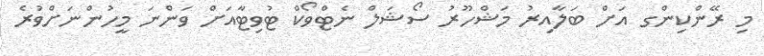
މި ރޭންކިންގ އަށް ބަލާއިރު މަޝްހޫރު ސޯޝަލް ނެޓްވޯކް ޓުވިޓާއަށް ވަންނަ މީހުންނަށްވުރެ